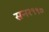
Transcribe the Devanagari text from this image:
सन१९९७